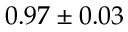
0 . 9 7 \pm 0 . 0 3